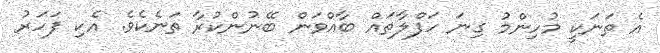
އެ ތަނަކީ މުހިންމު ގިނަ ހަފްލާތައް ބާއްވަން ބޭނުންކުރާ ތަނެކެވެ. އެކި ފަހަރު